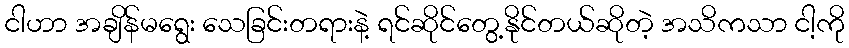
ငါဟာ အချိန်မရွေး သေခြင်းတရားနဲ့ ရင်ဆိုင်တွေ့နိုင်တယ်ဆိုတဲ့ အသိကသာ ငါ့ကို